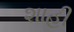
શાહી